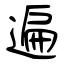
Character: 遍